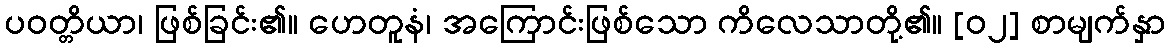
ပဝတ္တိယာ၊ ဖြစ်ခြင်း၏။ ဟေတူနံ၊ အကြောင်းဖြစ်သော ကိလေသာတို့၏။ [၀၂] စာမျက်နှာ